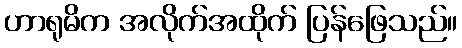
ဟာရုမိက အလိုက်အထိုက် ပြန်ဖြေသည်။